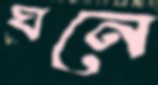
ঘনে